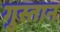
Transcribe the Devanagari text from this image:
गुस्तान